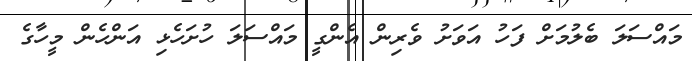
މައްސަލަ ބެލުމަށް ފަހު އަވަށު ވެރިން އެންގީ މައްސަލަ ހުށަހެޅި އަންހެން މީހާގެ